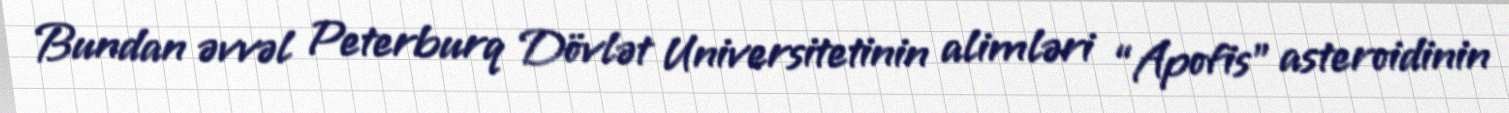
Bundan əvvəl Peterburq Dövlət Universitetinin alimləri “Apofis” asteroidinin